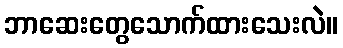
ဘာဆေးတွေသောက်ထားသေးလဲ။